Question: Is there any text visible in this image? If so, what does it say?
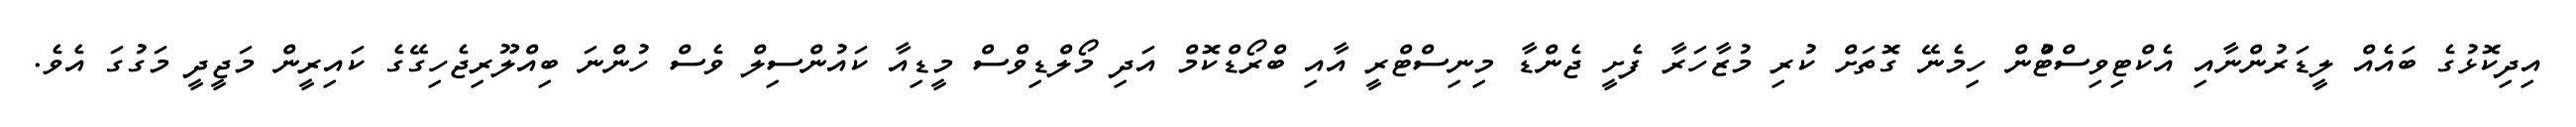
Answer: އިދިކޮޅުގެ ބައެއް ލީޑަރުންނާއި އެކްޓިވިސްޓްުން ހިމެނޭ ގޮތަށް ކުރި މުޒާހަރާ ފެށީ ޖެންޑާ މިނިސްޓްރީ އާއި ބްރޯޑްކޮމް އަދި މޯލްޑިވްސް މީޑިއާ ކައުންސިލް ވެސް ހުންނަ ބިއްލޫރިޖެހިގޭގެ ކައިރީން މަޖީދީ މަގުގަ އެވެ.